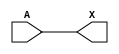
/*
 * Copyright 2020 The SkyWater PDK Authors
 *
 * Licensed under the Apache License, Version 2.0 (the "License");
 * you may not use this file except in compliance with the License.
 * You may obtain a copy of the License at
 *
 *     https://www.apache.org/licenses/LICENSE-2.0
 *
 * Unless required by applicable law or agreed to in writing, software
 * distributed under the License is distributed on an "AS IS" BASIS,
 * WITHOUT WARRANTIES OR CONDITIONS OF ANY KIND, either express or implied.
 * See the License for the specific language governing permissions and
 * limitations under the License.
 *
 * SPDX-License-Identifier: Apache-2.0
*/


`ifndef SKY130_FD_SC_LP__CLKDLYBUF4S18_BEHAVIORAL_V
`define SKY130_FD_SC_LP__CLKDLYBUF4S18_BEHAVIORAL_V

/**
 * clkdlybuf4s18: Clock Delay Buffer 4-stage 0.18um length inner stage
 *                gates.
 *
 * Verilog simulation functional model.
 */

`timescale 1ns / 1ps
`default_nettype none

`celldefine
module sky130_fd_sc_lp__clkdlybuf4s18 (
    X,
    A
);

    // Module ports
    output X;
    input  A;

    // Module supplies
    supply1 VPWR;
    supply0 VGND;
    supply1 VPB ;
    supply0 VNB ;

    // Local signals
    wire buf0_out_X;

    //  Name  Output      Other arguments
    buf buf0 (buf0_out_X, A              );
    buf buf1 (X         , buf0_out_X     );

endmodule
`endcelldefine

`default_nettype wire
`endif  // SKY130_FD_SC_LP__CLKDLYBUF4S18_BEHAVIORAL_V